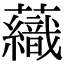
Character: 𧄕